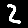
Digit: 2